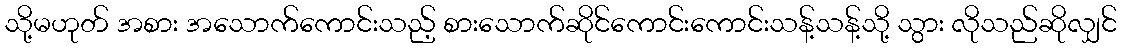
သို့မဟုတ် အစား အသောက်ကောင်းသည့် စားသောက်ဆိုင်ကောင်းကောင်းသန့်သန့်သို့ သွား လိုသည်ဆိုလျှင်